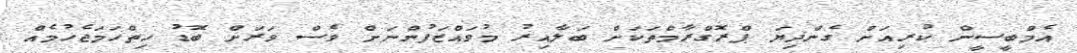
އެމްބީސީން ކުރިއަށް ގެންދިޔަ ޕްރޮގްރާމްތަކަށް ބަލާއިރު މުވައްޒަފުންނަށް ވެސް ވަރަށް ބޮޑު ހިތްހަމަޖެހުމެއް